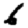
Digit: 6